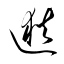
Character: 逖